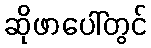
ဆိုဖာပေါ်တွင်